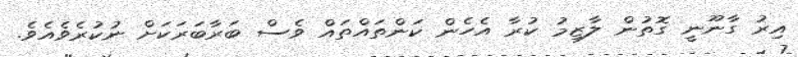
އިރު ގާނޫނީ ގޮތުން ލާޒިމު ކުރާ އެހެން ކަންތައްތައް ވެސް ބަރާބަރަކަށް ނުކުރެވެއެވެ.